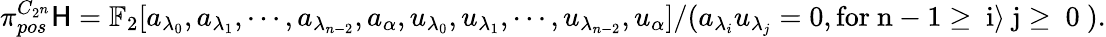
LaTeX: \pi_{pos}^{C_{2^{n}}}\mathsf{H}=\mathbb{{F}}_{2}[a_{\lambda_{0}},a_{\lambda_{1}},\cdots,a_{\lambda_{n-2}},a_{\alpha},u_{\lambda_{0}},u_{\lambda_{1}},\cdots,u_{\lambda_{n-2}},u_{\alpha}]/(a_{\lambda_{i}}u_{\lambda_{j}}=0,\mathrm{{for~n-1\geq~i\rangle~j\geq~0~}}).